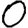
Digit: 0